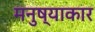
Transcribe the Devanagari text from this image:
मनुष्याकार